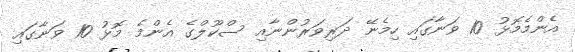
އެންމެމޮޅު 10 ވަނާގައި ހިމެނޭ ދަރިވަރުންނާއި ސްކޫލްގެ އެންމެ މޮޅު 10 ވަނާގައި